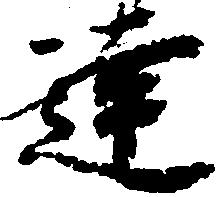
達